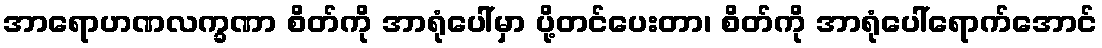
အာရောဟဏလက္ခဏာ စိတ်ကို အာရုံပေါ်မှာ ပို့တင်ပေးတာ၊ စိတ်ကို အာရုံပေါ်ရောက်အောင်